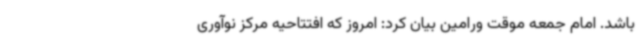
باشد. امام جمعه موقت ورامین بیان کرد: امروز که افتتاحیه مرکز نوآوری